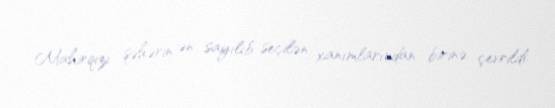
Mahirqızı şəhərin ən sayılıb-seçilən xanımlarından birinə çevrildi.